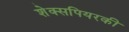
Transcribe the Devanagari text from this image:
शेक्सपियरकी